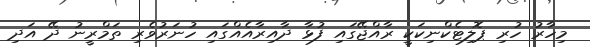
މިހާރު ހުރި ޕޮލިޓެކްނިކަކީ ރާއްޖޭގައި ފުޅާ ދާއިރާއެއްގައި ހުނަރުވެރި ތަމްރީނު ދޭ އަދި